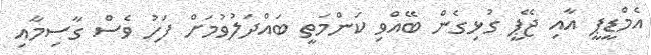
އެމްޑީޕީ އާއި ޖޭޕީ ގުޅިގެން ބޭއްވި ކަންމަތީ ބައްދަލުވުމަށް ފަހު ވެސް ގާސިމާއި